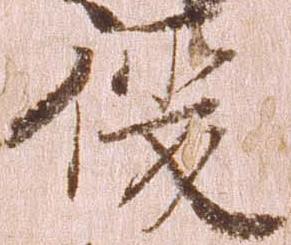
後